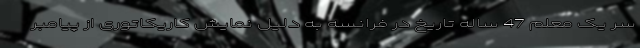
سر یک معلم 47 ساله تاریخ در فرانسه به دلیل نمایش کاریکاتوری از پیامبر